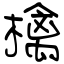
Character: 檎